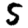
Digit: 5